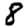
Digit: 8